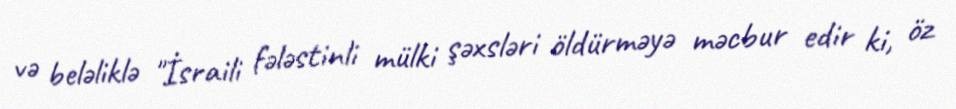
və beləliklə "İsraili fələstinli mülki şəxsləri öldürməyə məcbur edir ki, öz